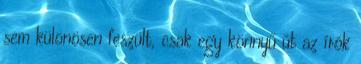
sem különösen feszült, csak egy könnyű út az írók